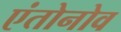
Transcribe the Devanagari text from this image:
एंतोनोव